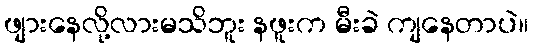
ဖျားနေလို့လားမသိဘူး နဖူးက မီးခဲ ကျနေတာပဲ။